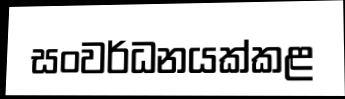
සංවර්ධනයක්කළ